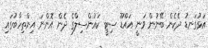
އަޅުގަނޑު ދެކެން ބޭނުން ވަނީ އައްޑޫ ސިޓީ ކައުންސިލްގެ ދެން އޮންނަ އިންތިހާބުގައި